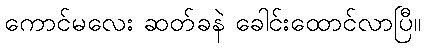
ကောင်မလေး ဆတ်ခနဲ ခေါင်းထောင်လာပြီ။